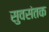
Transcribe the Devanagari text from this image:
सुवसंतक